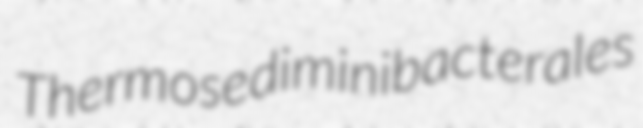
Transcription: Thermosediminibacterales